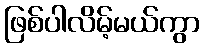
ဖြစ်ပါလိမ့်မယ်ကွာ